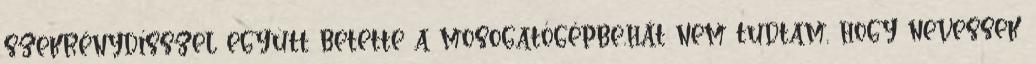
szekrénydísszel együtt betette a mosogatógépbe.hát nem tudtam, hogy nevessek